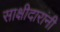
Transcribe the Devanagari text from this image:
साक्षीदारांनी